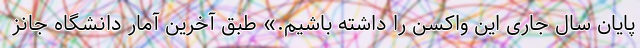
پایان سال جاری این واکسن را داشته باشیم.» طبق آخرین آمار دانشگاه جانز